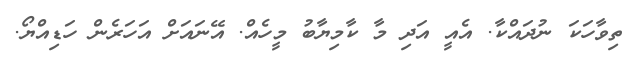
ތިވާހަކަ ނުދައްކާ. އެއީ އަދި މާ ކާމިޔާބު މީހެއް. އޭނައަށް އަހަރެން ހަޑިއްޔޯ.